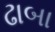
ઢાબા